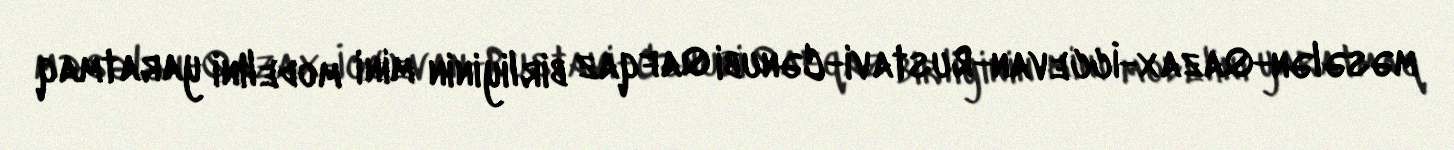
məsələn-Qazax-İccevan-Rustavi-Cənubi Qafqaz birliyinin mini modelini yaratmaq